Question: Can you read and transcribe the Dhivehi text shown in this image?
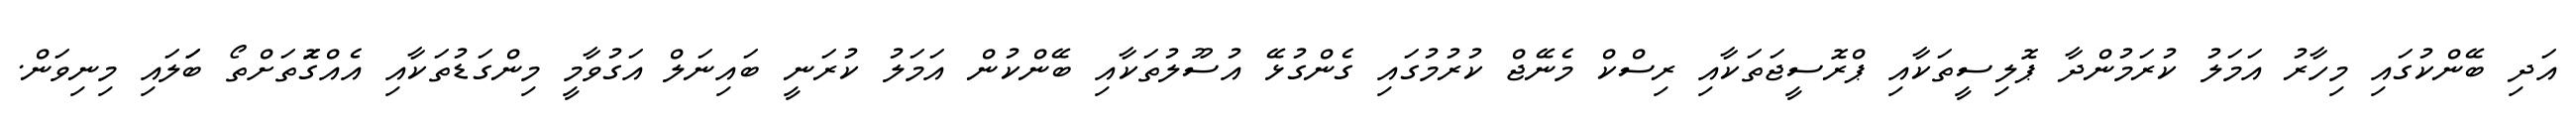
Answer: އަދި ބޭންކުގައި މިހާރު އަމަލު ކުރަމުންދާ ޕޮލިސީތަކާއި ޕްރޮސީޖަތަކާއި ރިސްކް މެނޭޖް ކުރުމުގައި ގެންގުޅޭ އުސޫލުތަކާއި ބޭންކުން އަމަލު ކުރަނީ ބައިނަލް އަގުވާމީ މިންގަޑުތަކާއި އެއްގޮަތަށްތޯ ބަަލައި މިނިވަން.